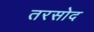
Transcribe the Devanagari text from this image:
तरसोद